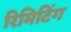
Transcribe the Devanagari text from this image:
रिमिटिंग